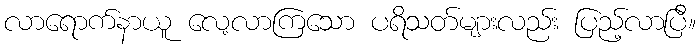
လာရောက်နာယူ လေ့လာကြသော ပရိသတ်များလည်း ပြည့်လာပြီ။